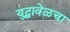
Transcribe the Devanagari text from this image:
युद्धावेळचा